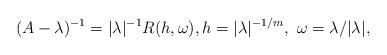
LaTeX: \begin{align*} (A-\lambda)^{-1} = |\lambda|^{-1}R(h,\omega),h=|\lambda|^{-1/m},\ \omega=\lambda/|\lambda|,\end{align*}